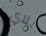
بلاي